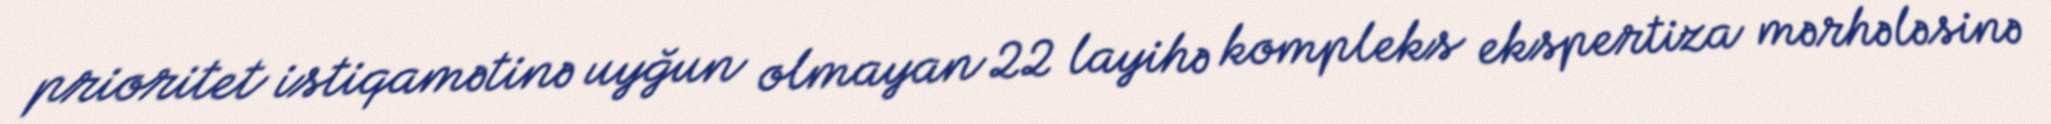
prioritet istiqamətinə uyğun olmayan 22 layihə kompleks ekspertiza mərhələsinə